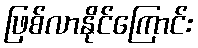
ဖြစ်လာနိုင်ကြောင်း